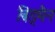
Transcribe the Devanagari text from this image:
बिंड्मैन